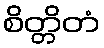
စိတ္တိတံ